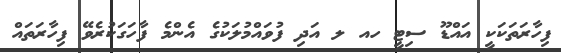
ފިހާރަތަކަކީ އައްޑޫ ސިޓީ ހއ ލ އަދި ފުވައްމުލަކުގެ އެންމެ ފާހަގަކުރެވޭ ފިހާރަތައް